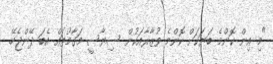
"މި އިން ކޮންމެ ބަޔަކަށް ކޮންމެ ވުޒާރާއަކުން ސިޔާސީ މަގާމުތައް އެބަ ދޭންޖެހޭ.